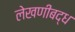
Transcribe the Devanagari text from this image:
लेखणीबद्ध